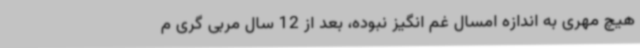
هیچ مهری به اندازه امسال غم انگیز نبوده، بعد از 12 سال مربی گری م